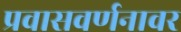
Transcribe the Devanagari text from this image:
प्रवासवर्णनावर